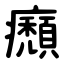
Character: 㿗